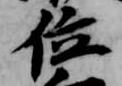
位